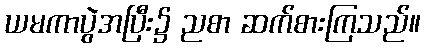
ယမကာပွဲအပြီး၌ ညစာ ဆက်စားကြသည်။